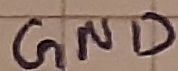
Text: GND